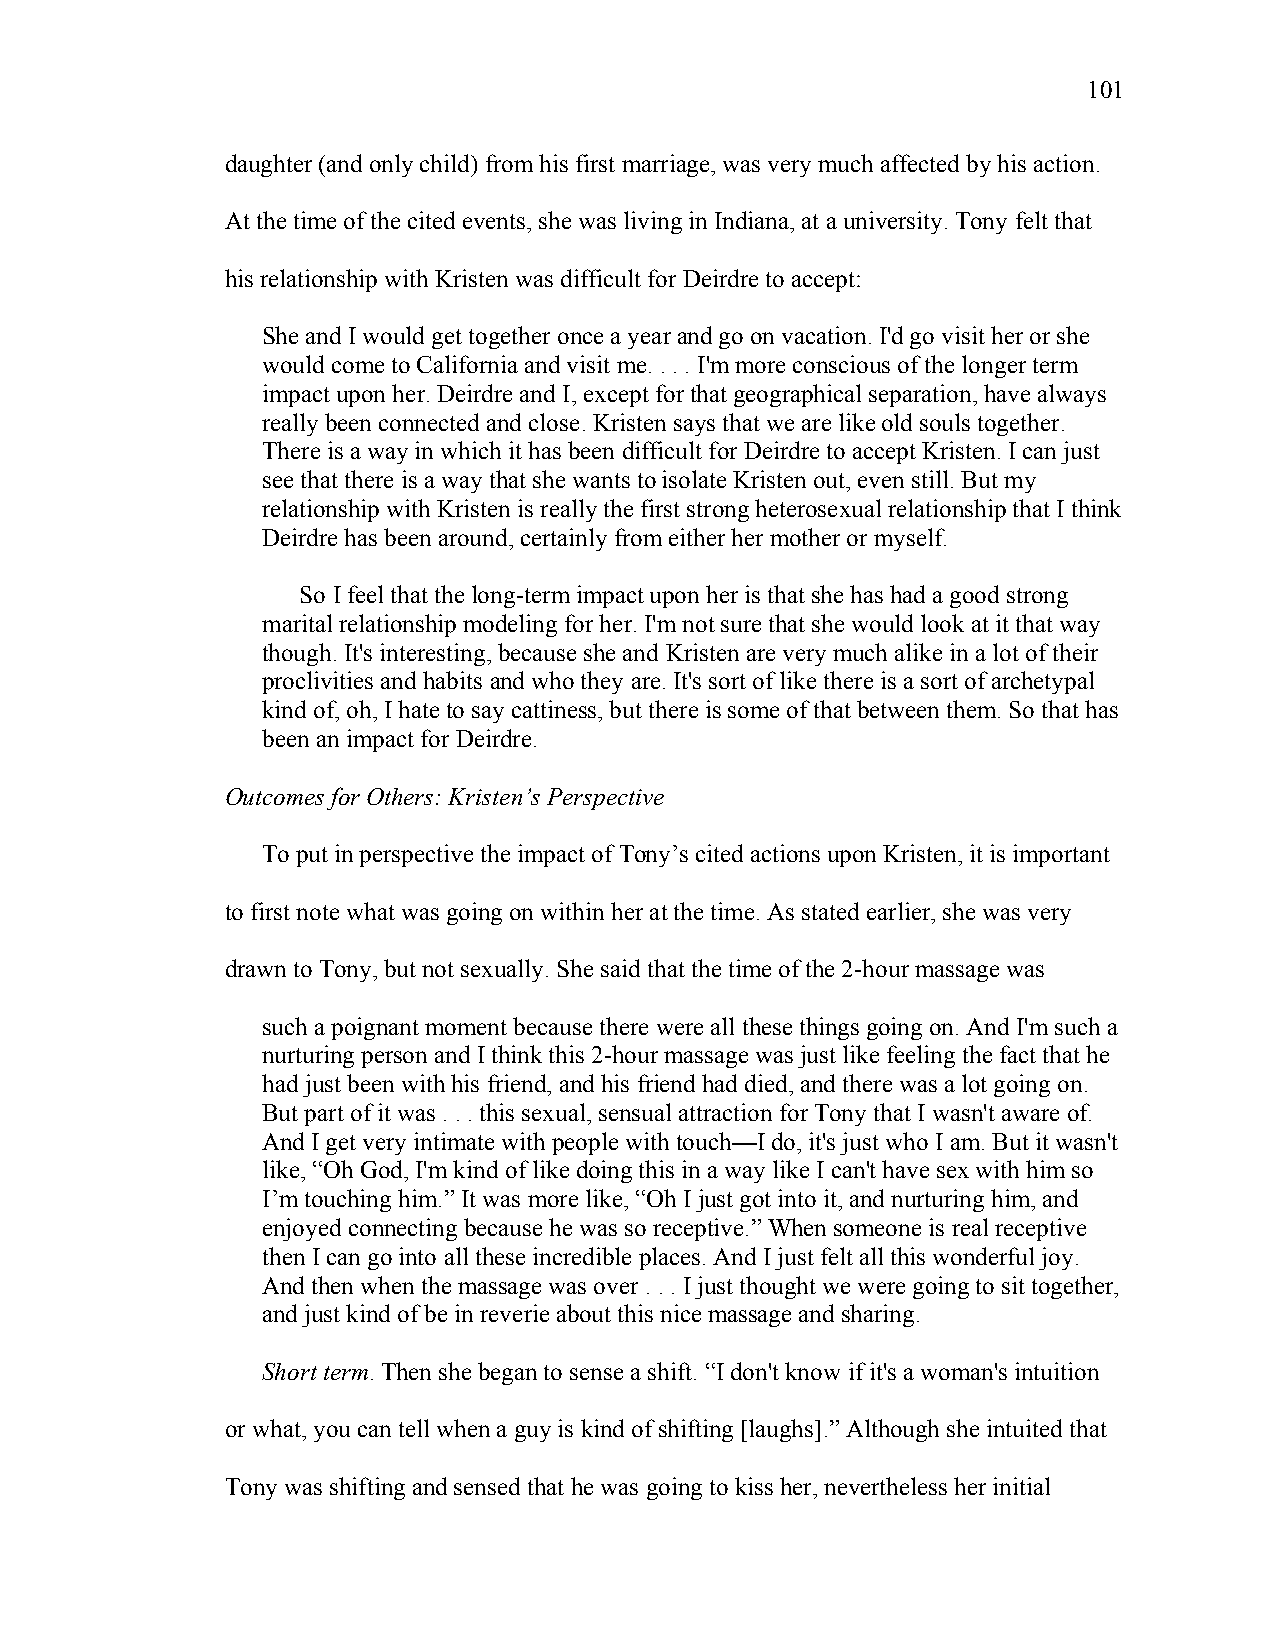
101
 daughter (and only child) from his first marriage, was very much affected by his action.
 At the time of the cited events, she was living in Indiana, at a university. Tony felt that
 his relationship with Kristen was difficult for Deirdre to accept:
 She and I would get together once a year and go on vacation. I'd go visit her or she
 would come to California and visit me. . . . I'm more conscious of the longer term
 impact upon her. Deirdre and I, except for that geographical separation, have always
 really been connected and close. Kristen says that we are like old souls together.
 There is a way in which it has been difficult for Deirdre to accept Kristen. I can just
 see that there is a way that she wants to isolate Kristen out, even still. But my
 relationship with Kristen is really the first strong heterosexual relationship that I think
 Deirdre has been around, certainly from either her mother or myself.
 So I feel that the long-term impact upon her is that she has had a good strong
 marital relationship modeling for her. I'm not sure that she would look at it that way
 though. It's interesting, because she and Kristen are very much alike in a lot of their
 proclivities and habits and who they are. It's sort of like there is a sort of archetypal
 kind of, oh, I hate to say cattiness, but there is some of that between them. So that has
 been an impact for Deirdre.
 Outcomes for Others: Kristen’s Perspective
 To put in perspective the impact of Tony’s cited actions upon Kristen, it is important
 to first note what was going on within her at the time. As stated earlier, she was very
 drawn to Tony, but not sexually. She said that the time of the 2-hour massage was
 such a poignant moment because there were all these things going on. And I'm such a
 nurturing person and I think this 2-hour massage was just like feeling the fact that he
 had just been with his friend, and his friend had died, and there was a lot going on.
 But part of it was . . . this sexual, sensual attraction for Tony that I wasn't aware of.
 And I get very intimate with people with touch—I do, it's just who I am. But it wasn't
 like, “Oh God, I'm kind of like doing this in a way like I can't have sex with him so
 I’m touching him.” It was more like, “Oh I just got into it, and nurturing him, and
 enjoyed connecting because he was so receptive.” When someone is real receptive
 then I can go into all these incredible places. And I just felt all this wonderful joy.
 And then when the massage was over . . . I just thought we were going to sit together,
 and just kind of be in reverie about this nice massage and sharing.
 Short term. Then she began to sense a shift. “I don't know if it's a woman's intuition
 or what, you can tell when a guy is kind of shifting [laughs].” Although she intuited that
 Tony was shifting and sensed that he was going to kiss her, nevertheless her initial